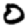
Digit: 0